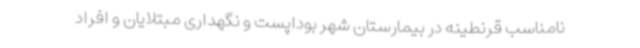
نامناسب قرنطینه در بیمارستان شهر بوداپست و نگهداری مبتلایان و افراد